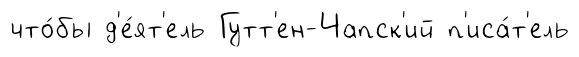
что́бы д'е́ят'ель Гутт'ен-Чапск'ий п'иса́т'ель